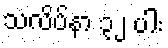
သလိပ်နာ ၃၂ ပါး